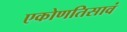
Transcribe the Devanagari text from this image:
एकोणतिसावं